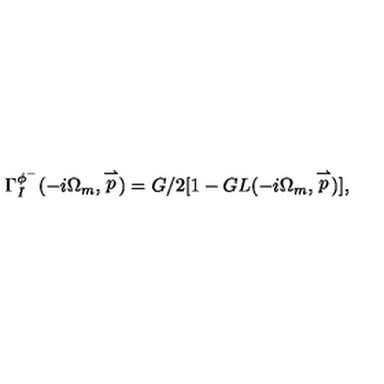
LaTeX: \Gamma _ { I } ^ { \phi ^ { - } } ( - i \Omega _ { m } , \stackrel { \rightharpoonup } { p } ) = G / 2 [ 1 - G L ( - i \Omega _ { m } , \stackrel { \rightharpoonup } { p } ) ] ,